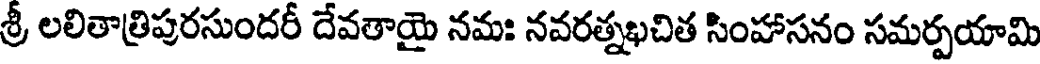
శ్రీ లలితాత్రిపురసుందరీ దేవతాయై నమః నవరత్నఖచిత సింహాసనం సమర్పయామి